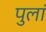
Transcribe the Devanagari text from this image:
पुलां